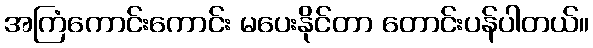
အကြံကောင်းကောင်း မပေးနိုင်တာ တောင်းပန်ပါတယ်။